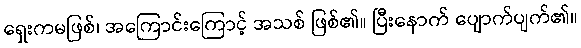
ရှေးကမဖြစ်၊ အကြောင်းကြောင့် အသစ် ဖြစ်၏။ ပြီးနောက် ပျောက်ပျက်၏။